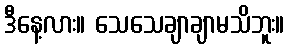
ဒီနေ့လား။ သေသေချာချာမသိဘူး။